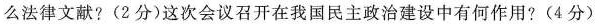
么法律文献?(2分)这次会议召开在我国民主政治建设中有何作用?(4分)